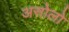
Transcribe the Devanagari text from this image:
असोलो